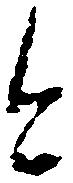
今